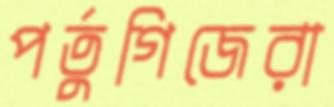
পর্তুগিজেরা